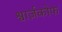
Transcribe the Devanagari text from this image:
श्वार्ज़कोफ